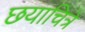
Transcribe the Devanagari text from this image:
छयाचित्रे